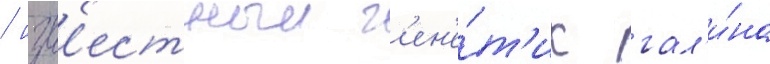
/ изв'естныи г'ен'е́т'ик гал'и́на